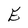
Character: E